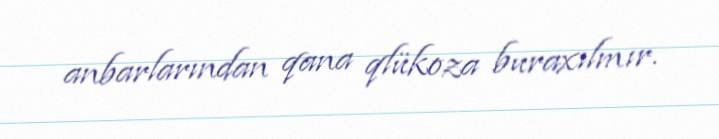
anbarlarından qana qlükoza buraxılmır.